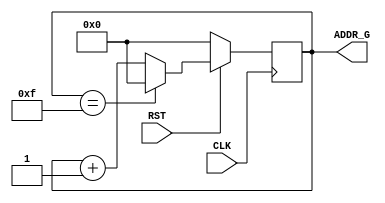
//GOTO_ADDR.v
//
module GOTO_ADDR(CLK, RST, ADDR_G);
input CLK;
input RST;
output [11:0]ADDR_G;
reg [11:0]ADDR_G;
always @(posedge CLK)
  begin
if (~RST)
      ADDR_G <= 11'd0;
    else if (ADDR_G == 11'd15)
      ADDR_G <= 11'd0;
    else
      ADDR_G <= ADDR_G + 1'b1;
  end
endmodule